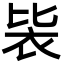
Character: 䘡